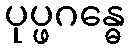
ပုပ္ဖဂန္ဓေ